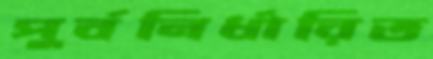
পুর্বনির্ধারিত